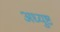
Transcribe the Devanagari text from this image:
अध्युष्ट